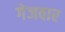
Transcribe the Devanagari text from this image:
गेजवार